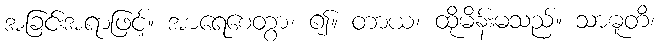
အခြင်းအရာဖြင့်။ အာရေစေတွာ၊ ၍။ တာယ၊ ထိုမိန်းမသည်။ သာဓူတိ၊